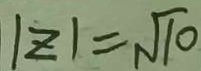
\vert z \vert = \sqrt { 1 0 }